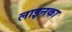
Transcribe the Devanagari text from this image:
लाइनका